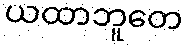
ယထာဘူတေ